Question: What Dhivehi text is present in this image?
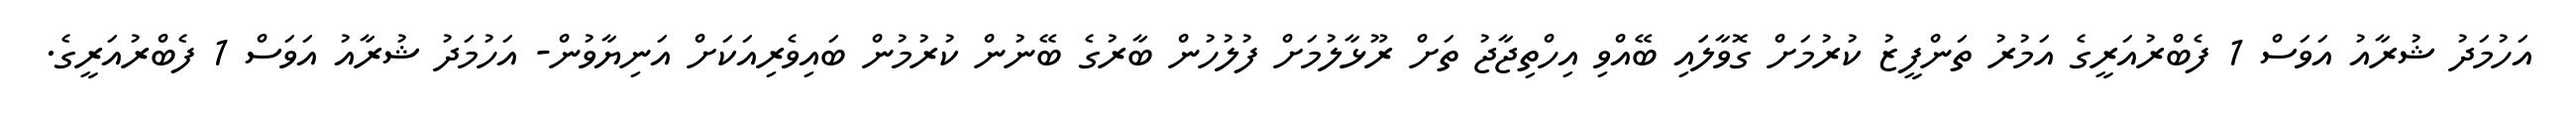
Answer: އަހުމަދު ޝުރާއު އަވަސް 1 ފެބްރުއަރީގެ އަމުރު ތަންފީޒު ކުރުމަށް ގޮވާލަައި ބޭއްވި އިހްތިޖާޖު ތަށް ރޫޅާލުމަށް ފުލުހުން ބާރުގެ ބޭނުން ކުރުމުން ބައިވެރިއަކަށް އަނިޔާވުން- އަހުމަދު ޝުރާއު އަވަސް 1 ފެބްރުއަރީގެ.